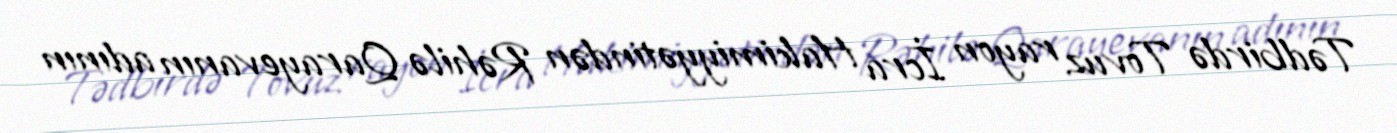
Tədbirdə Tovuz rayon İcra Hakimiyyətindən Rəhilə Qarayevanın adının